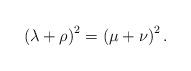
LaTeX: \begin{align*}\left(\lambda+\rho\right)^2=\left(\mu+\nu\right)^2.\end{align*}